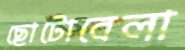
ছোটোবেলা